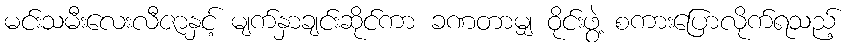
မင်းသမီးလေးလီဇာနှင့် မျက်နှာချင်းဆိုင်ကာ ခဏတာမျှ ဝိုင်းဖွဲ့ စကားပြောလိုက်ရသည့်